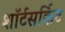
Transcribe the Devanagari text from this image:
शॉर्टसर्किट